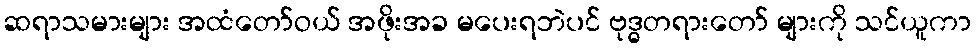
ဆရာသမားများ အထံတော်ဝယ် အဖိုးအခ မပေးရဘဲပင် ဗုဒ္ဓတရားတော် များကို သင်ယူကာ